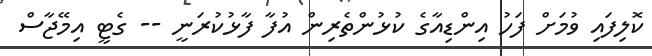
ކޮލިފައި ވުމަށް ފަހު އިންޑިއާގެ ކުޅުންތެރިން އުފާ ފާޅުކުރަނީ -- ގެޓީ އިމޭޖާސް